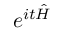
e ^ { i t { \hat { H } } }